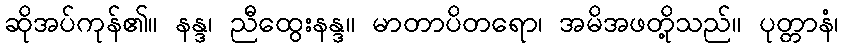
ဆိုအပ်ကုန်၏။ နန္ဒ၊ ညီထွေးနန္ဒ။ မာတာပိတရော၊ အမိအဖတို့သည်။ ပုတ္တာနံ၊